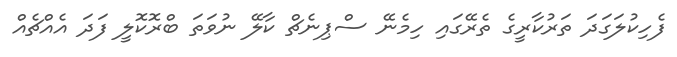
ފެހިކުލަގަދަ ތަރުކާރީގެ ތެރޭގައި ހިމެނޭ ސްޕިނެޗް ކާލޭ ނުވަތަ ބްރޮކޮލީ ފަދަ އެއްޗެއް